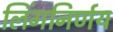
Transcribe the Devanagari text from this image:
लिंगनिर्णय